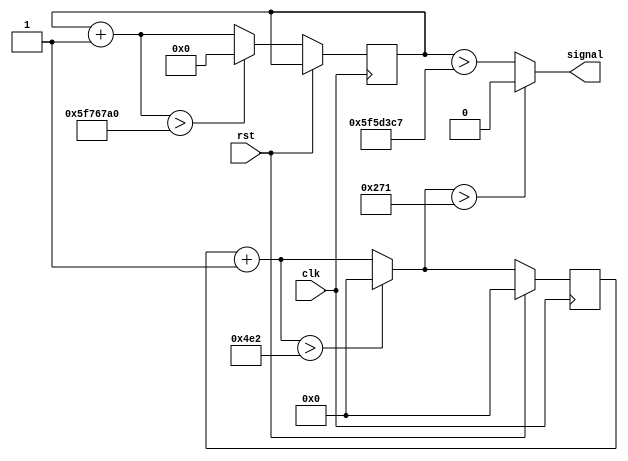
`timescale 1ns / 1ps
//////////////////////////////////////////////////////////////////////////////////
// Company: 
// 
// Design Name: 	
// Module Name:    acoustic_pulse_train 
// Project Name:   Perseus II
// Target Devices: Mojo FPGA
// Tool versions: 
// Description:    This will generate 2ms burst of 40KHz square wave, then delay 2s before sending another pulse, so on...
//
// Dependencies: 
//
// Revision: 
// Revision 0.01 - File Created
// Additional Comments: 
//
//////////////////////////////////////////////////////////////////////////////////
module acoustic_pulse_train(
	input clk,
	input rst,
	output reg signal
    );
	 
reg [10:0] cntr_q, cntr_d;
reg [26:0] sleep_q, sleep_d;

reg [26:0]compare = 'd99996615;

always @(cntr_q) begin
	cntr_d = cntr_q + 1'b1;
	
	/* reset counter if > 2500 */
	if(cntr_d > 'd1250) begin
		cntr_d = 11'd0;
	end
end

always @(sleep_q) begin
	sleep_d = sleep_q + 1'b1;
	/* manual overflow for sleep after 2s+2ms */
	if(sleep_d > 'd100100000)
		sleep_d = 27'd0;
end

always @(cntr_q or sleep_q) begin
	if(cntr_d > 'd625)	
		signal = 1'b0;
	else
		signal = 1'b1 & (sleep_q > compare);
end

always @(posedge clk) begin
	if(rst) begin
		cntr_q <= 1'b0;
	end else begin
		cntr_q <= cntr_d;
		sleep_q <= sleep_d;
	end
end


endmodule